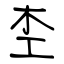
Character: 杢